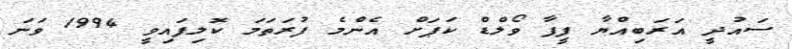
ސައުދީ އަރަބިއްޔާ ފީފާ ވޯލްޑް ކަޕަށް އެންމެ ފުރަތަމަ ކޮލިފައިވީ 1994 ވަނަ